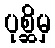
ပုစ္ဆိမှ